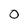
Character: 0